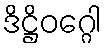
ဒိဋ္ဌိဝဂ္ဂေါ